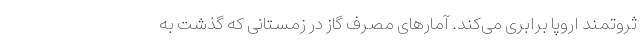
ثروتمند اروپا برابری می‌کند. آمارهای مصرف گاز در زمستانی که گذشت به